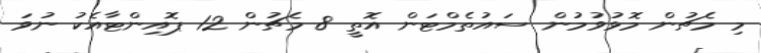
މި މެޗުން މޮޅުވުމުން ސައުތެމްޓަން އޮތީ 8 މެޗުން 12 ޕޮއިންޓާއެކު ނުވަ